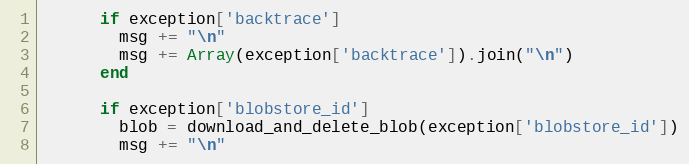
Language: Ruby
      if exception['backtrace']
        msg += "\n"
        msg += Array(exception['backtrace']).join("\n")
      end

      if exception['blobstore_id']
        blob = download_and_delete_blob(exception['blobstore_id'])
        msg += "\n"